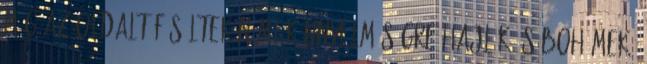
míg az oldalt fésültek némi könnyelműségre hajlók és bohémek.